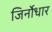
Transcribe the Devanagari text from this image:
जिर्नोधार